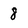
Character: 8